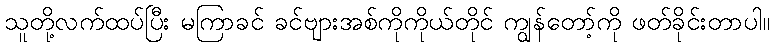
သူတို့လက်ထပ်ပြီး မကြာခင် ခင်ဗျားအစ်ကိုကိုယ်တိုင် ကျွန်တော့်ကို ဖတ်ခိုင်းတာပါ။